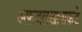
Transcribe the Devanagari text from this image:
अफजलखानाकडे